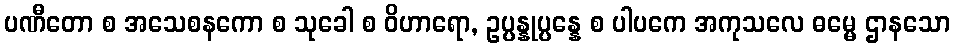
ပဏီတော စ အသေစနကော စ သုခေါ စ ဝိဟာရော, ဥပ္ပန္နုပ္ပန္နေ စ ပါပကေ အကုသလေ ဓမ္မေ ဌာနသော